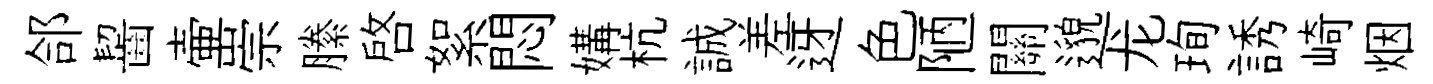
郃齧壷崇縢啓絮悶媾杭誠差迓色陋關邈龙珣誘崎烟